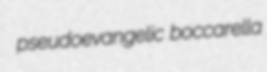
pseudoevangelic boccarella